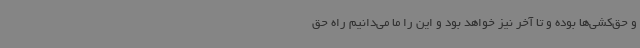
و حق‌کشی‌ها بوده و تا آخر نیز خواهد بود و این را ما می‌دانیم راه حق